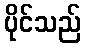
ပိုင်သည်